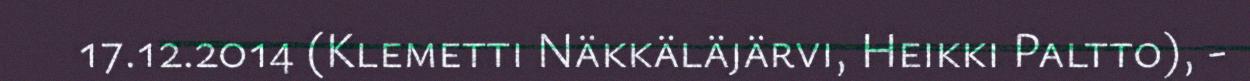
17.12.2014 (Klemetti Näkkäläjärvi, Heikki Paltto), -